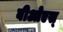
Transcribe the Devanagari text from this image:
बीओएस्